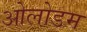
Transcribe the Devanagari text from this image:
ओलोडम